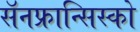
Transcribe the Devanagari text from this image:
सॅनफ्रान्सिस्को